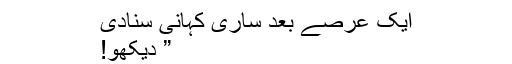
ایک عرصے بعد ساری کہانی سنادی
” دیکھو!